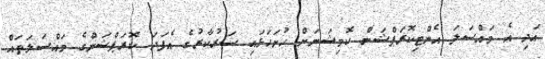
އަދި އެ މައްސަލަ އެންޓިކޮރަޕްޝަން ކޮމިޝަނަށް ހުށަހަޅައި ސަރުކާރުގެ އެފަދަ ކޮރަޕްޝަންގެ މައްސަލަތައް